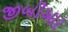
જીબીઆર